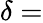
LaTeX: \delta=